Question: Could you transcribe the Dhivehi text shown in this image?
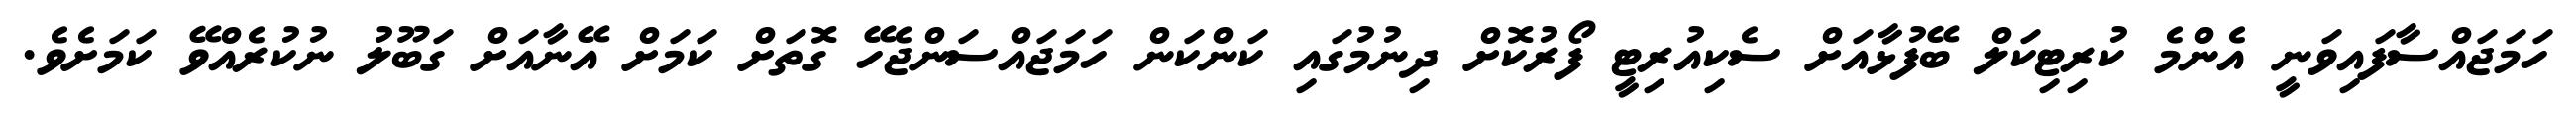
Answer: ހަމަޖައްސާފައިވަނީ އެންމެ ކުރިޓިކަލް ބޭފުޅާއަށް ސެކިއުރިޓީ ފޯރުކޮށް ދިނުމުގައި ކަންކަން ހަމަޖައްސަންޖެހޭ ގޮތަށް ކަމަށް އޭނާއަށް ގަބޫލު ނުކުރެއްވޭ ކަމަށެވެ.